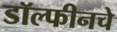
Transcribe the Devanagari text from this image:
डॉल्फीनचे